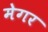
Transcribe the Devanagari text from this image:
मेगर